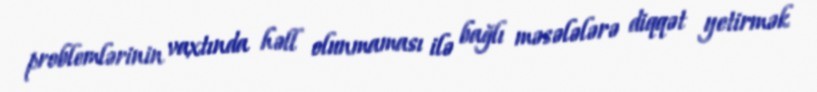
problemlərinin vaxtında həll olunmaması ilə bağlı məsələlərə diqqət yetirmək